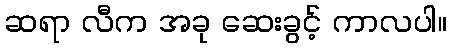
ဆရာ လီက အခု ဆေးခွင့် ကာလပါ။